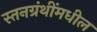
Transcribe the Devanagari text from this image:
स्तनग्रंथींमधील